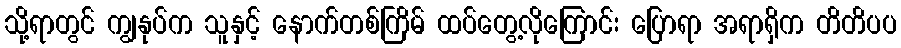
သို့ရာတွင် ကျွနုပ်က သူနှင့် နောက်တစ်ကြိမ် ထပ်တွေ့လိုကြောင်း ပြောရာ အရာရှိက တိတိပပ